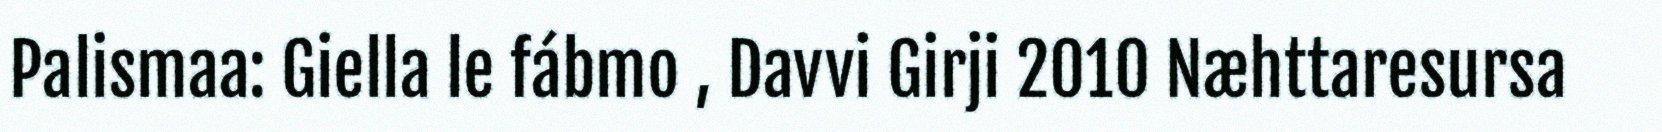
Palismaa: Giella le fábmo , Davvi Girji 2010 Næhttaresursa